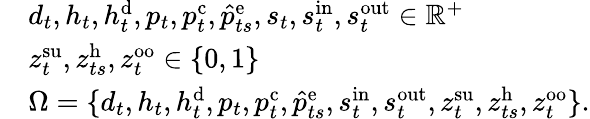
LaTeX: \begin{array}{rl}&{d_{t},h_{t},h_{t}^{\mathrm{{d}}},p_{t},p_{t}^{\mathrm{c}},\hat{p}_{ts}^{\mathrm{{e}}},s_{t},s_{t}^{\mathrm{in}},s_{t}^{\mathrm{{out}}}\in\mathbb{R}^{+}}\\ &{z_{t}^{\mathrm{su}},z_{ts}^{\mathrm{{h}}},z_{t}^{\mathrm{oo}}\in\{ 0,1\} }\\ &{\Omega=\{ d_{t},h_{t},h_{t}^{\mathrm{{d}}},p_{t},p_{t}^{\mathrm{c}},\hat{p}_{ts}^{\mathrm{{e}}},s_{t}^{\mathrm{in}},s_{t}^{\mathrm{{out}}},z_{t}^{\mathrm{su}},z_{ts}^{\mathrm{{h}}},z_{t}^{\mathrm{oo}}\} .}\end{array}